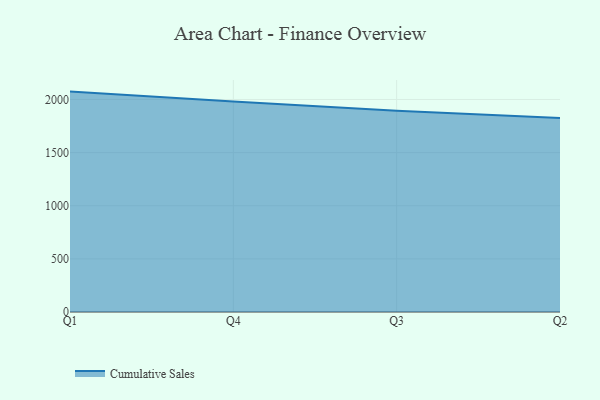
{"axis": {"x": "Quarter", "y": "Satisfaction Score"}, "legend": ["Cumulative Sales"], "data": [{"x": "Q1", "y": 2074.1, "type": "Cumulative Sales"}, {"x": "Q4", "y": 1979.9, "type": "Cumulative Sales"}, {"x": "Q3", "y": 1893.7, "type": "Cumulative Sales"}, {"x": "Q2", "y": 1826.0, "type": "Cumulative Sales"}]}